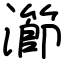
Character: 瀄